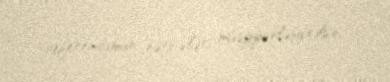
referendumun nəticələri müəyyənləşdirilsin.